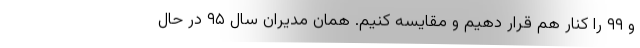
و ۹۹ را کنار هم قرار دهیم و مقایسه کنیم. همان مدیران سال ۹۵ در حال